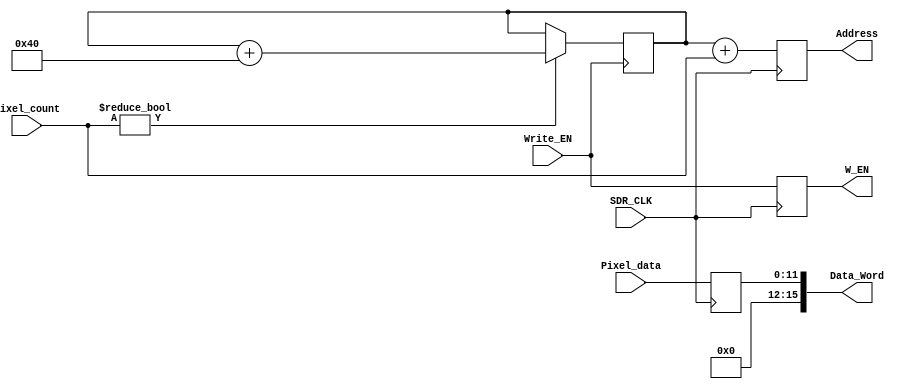
`timescale 1ns / 1ps

module Address_architecture(Data_Word,Address,W_EN,Pixel_count,Write_EN,SDR_CLK,Pixel_data);
input SDR_CLK;
input Write_EN;
input [11:0] Pixel_data;
input [9:0] Pixel_count;
output [9:0] Address;
output [15:0] Data_Word;
output W_EN;

parameter max_pixel = 8'h40;
reg [9:0] Base_addr = 0;
reg [9:0] Address_reg = 0;
reg [11:0] Data_reg = 0;
reg W_EN_reg = 0;
always @(posedge SDR_CLK)
begin
    Address_reg <= Base_addr + Pixel_count;
    Data_reg <= Pixel_data;
    W_EN_reg <= Write_EN;
end


always @(negedge Write_EN)
if(Pixel_count != 0)
begin
    Base_addr <= Base_addr + max_pixel;
end

assign Address = Address_reg;
assign Data_Word = {4'b0000,Data_reg};
assign W_EN = W_EN_reg;
endmodule